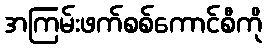
အကြမ်းဖက်စစ်ကောင်စီကို